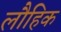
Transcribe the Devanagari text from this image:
लौहिक